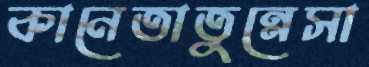
কানেতাতুন্নেসা